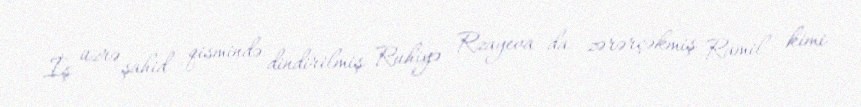
İş üzrə şahid qismində dindirilmiş Ruhiyə Rzayeva da zərərçəkmiş Ramil kimi